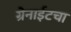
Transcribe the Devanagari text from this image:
ग्रेनाईटचा